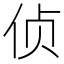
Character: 侦